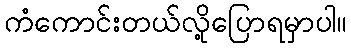
ကံကောင်းတယ်လို့ပြောရမှာပါ။